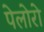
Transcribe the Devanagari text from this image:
पेलोरो